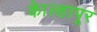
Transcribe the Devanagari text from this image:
काेेल्हापूर